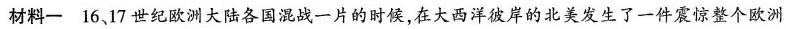
材料一 1617世纪欧洲大陆各国混战一片的时候，在大西洋彼岸的北美发生了一件震惊整个欧洲